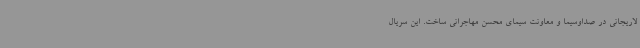
لاریجانی در صداوسیما و معاونت سیمای محسن مهاجرانی ساخت. این سریال